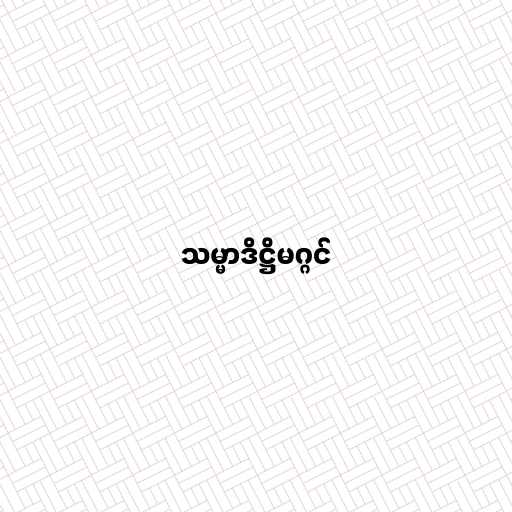
သမ္မာဒိဋ္ဌိမဂ္ဂင်